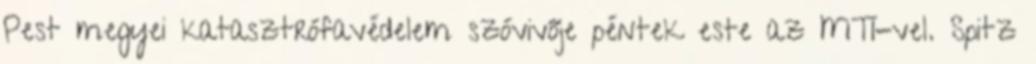
Pest megyei katasztrófavédelem szóvivője péntek este az MTI-vel. Spitz